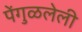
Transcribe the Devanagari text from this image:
पेंगुळलेली